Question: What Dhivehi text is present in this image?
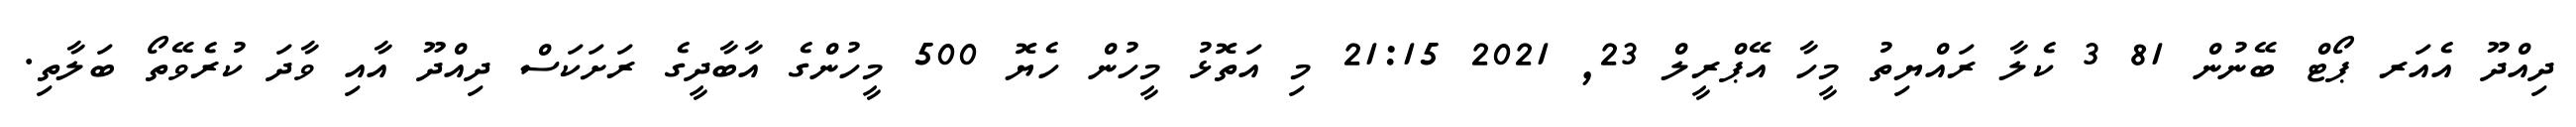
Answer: ދިއްދޫ އެއަރ ޕޯޓް ބޭނުން 81 3 ކެލާ ރައްޔިތު މީހާ އޭޕްރީލް 23, 2021 21:15 މި އަތޮޅު މީހުން ހެޔޮ 500 މީހުންގެ އާބާދީގެ ރަށަކަސް ދިއްދޫ އާއި ވާދަ ކުރެވޭތޯ ބަލާތި.